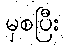
မှစပြီး